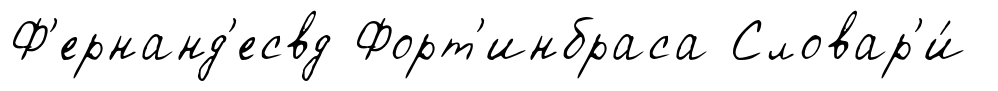
Ф'ернанд'есвд Форт'инбраса Словар'и́